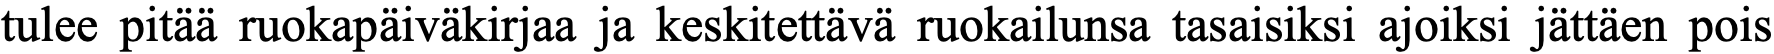
tulee pitää ruokapäiväkirjaa ja keskitettävä ruokailunsa tasaisiksi ajoiksi jättäen pois